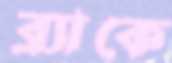
ব্র্যাকে